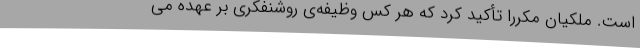
است. ملکیان مکرراً تأکید کرد که هر کس وظیفه‌ی روشنفکری بر عهده می